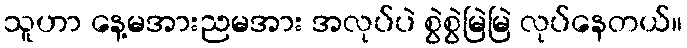
သူဟာ နေ့မအားညမအား အလုပ်ပဲ စွဲစွဲမြဲမြဲ လုပ်နေတယ်။